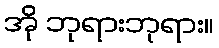
အို ဘုရားဘုရား။